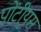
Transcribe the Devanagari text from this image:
पोंटीयस